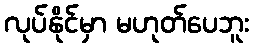
လုပ်နိုင်မှာ မဟုတ်ပေဘူး